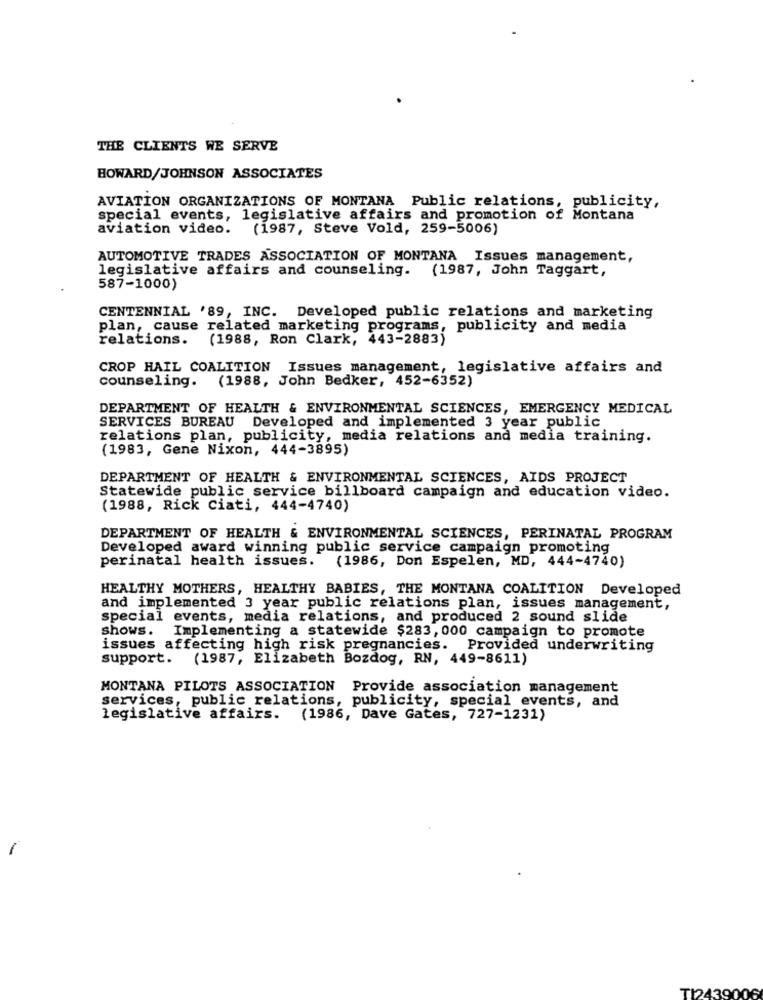
THE CLIENTS WE SERVE
HOWARD/JOHNSON ASSOCIATES
AVIATION ORGANIZATIONS OF MONTANA Public relations, publicity,
special events, legislative affairs and promotion of Montana
aviation video.
(1987, Steve Vold, 259-5006)
AUTOMOTIVE TRADES ASSOCIATION OF MONTANA Issues management,
legislative affairs and counseling. (1987, John Taggart,
587-1000)
CENTENNIAL '89, INC. Developed public relations and marketing
plan, cause related marketing programs, publicity and media
relations.
(1988, Ron Clark, 443-2883)
CROP HAIL COALITION Issues management, legislative affairs and
counseling.
(1988, John Bedker, 452-6352)
DEPARTMENT OF HEALTH & ENVIRONMENTAL SCIENCES, EMERGENCY MEDICAL
SERVICES BUREAU Developed and implemented 3 year public
relations plan, publicity, media relations and media training.
(1983, Gene Nixon, 444-3895)
DEPARTMENT OF HEALTH & ENVIRONMENTAL SCIENCES, AIDS PROJECT
Statewide public service billboard campaign and education video.
(1988, Rick Ciati, 444-4740)
DEPARTMENT OF HEALTH & ENVIRONMENTAL SCIENCES, PERINATAL PROGRAM
Developed award winning public service campaign promoting
perinatal health issues.
(1986, Don Espelen, MD, 444-4740)
HEALTHY MOTHERS, HEALTHY BABIES, THE MONTANA COALITION Developed
and implemented 3 year public relations plan, issues management,
special events, media relations, and produced 2 sound slide
shows.
Implementing a statewide $283, 000 campaign to promote
issues affecting high risk pregnancies. Provided underwriting
support. (1987, Elizabeth Bozdog, RN, 449-8611)
MONTANA PILOTS ASSOCIATION Provide association management
services, public relations, publicity, special events, and
legislative affairs. (1986, Dave Gates, 727-1231)
TI2439006